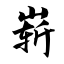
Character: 崭